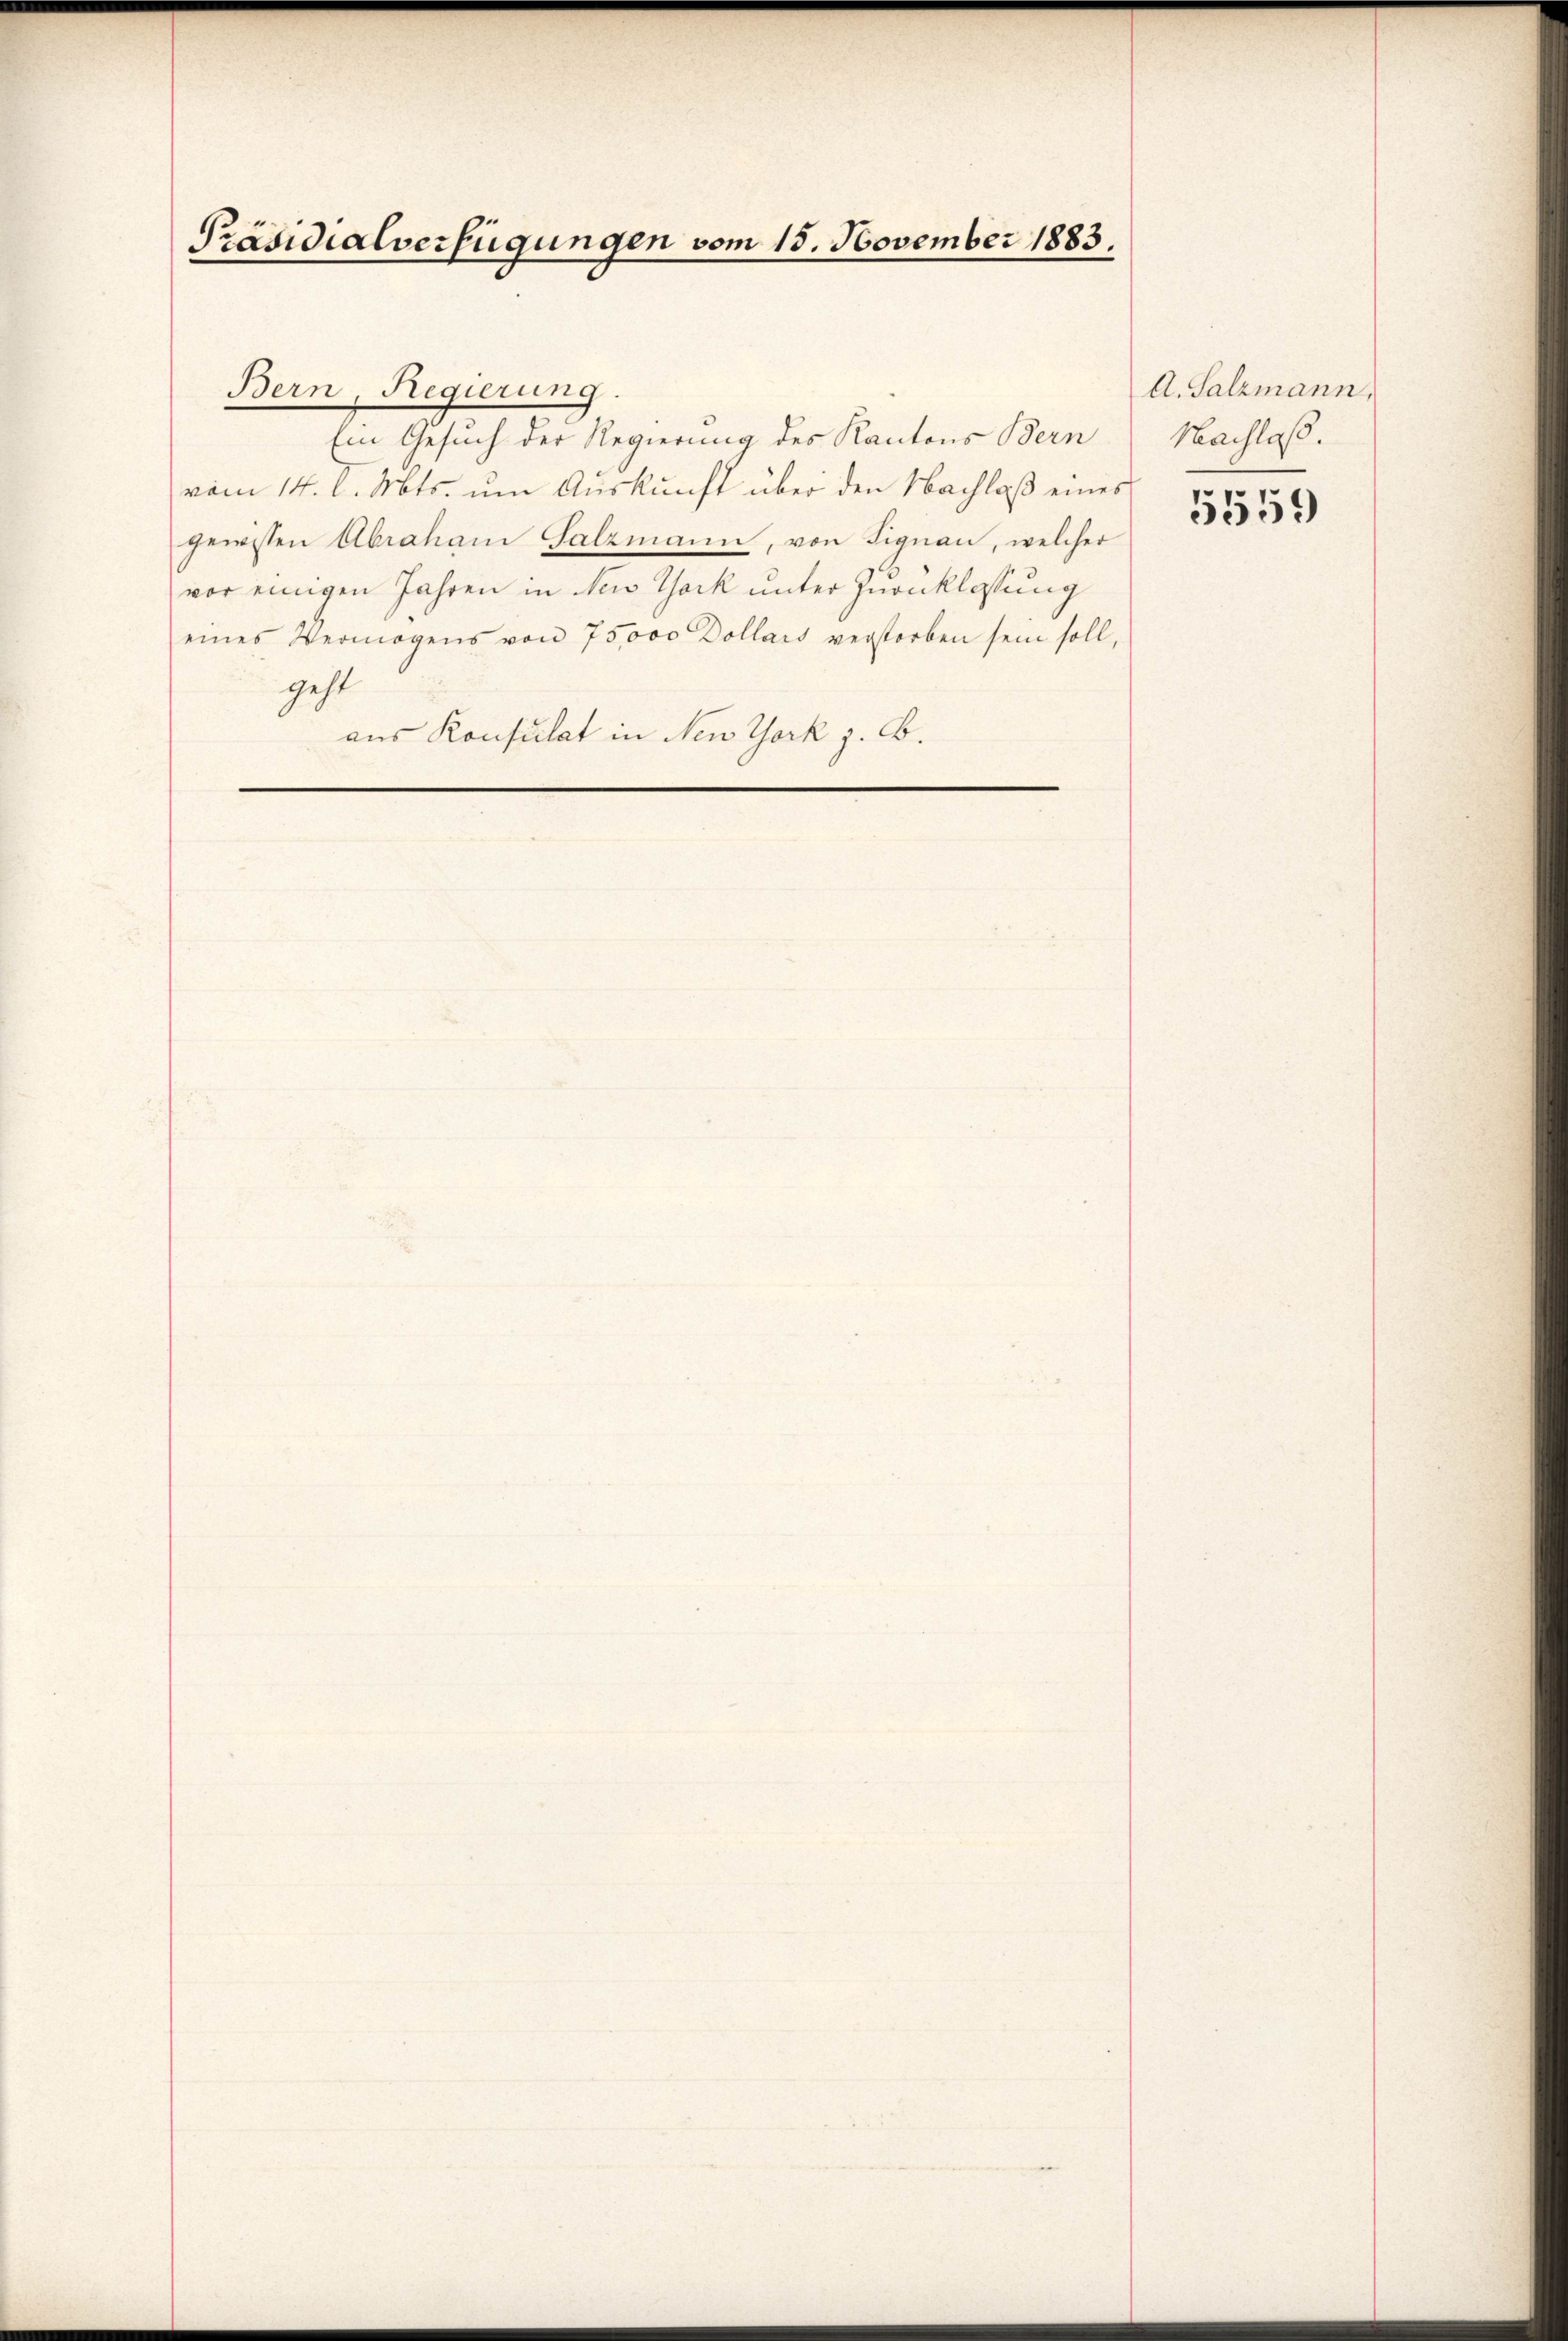
Präsidialverfügungen vom 15. November 1883.

Ein Gesuch der Regierung des Kantons Bern
vom 14. d. Mts. um Auskunft über den Nachlaß eines
gewissen Abraham Salzmann, von Signau, welcher
vor einigen Jahren in New York unter Inanklassung
eines Vermögens von 75,000 Dollars verstorben sein soll,
geht
aus Konsulat in New York z. B.

Bern, Regierung.

A. Salzmann,
Nachlaß.

5559